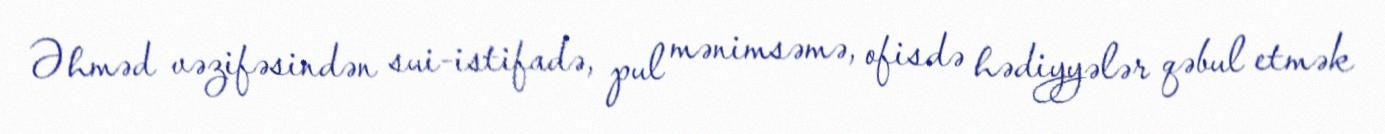
Əhməd vəzifəsindən sui-istifadə, pul mənimsəmə, ofisdə hədiyyələr qəbul etmək